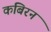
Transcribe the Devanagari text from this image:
कबिरन